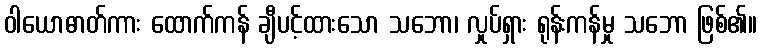
ဝါယောဓာတ်ကား ထောက်ကန် ချီပင့်ထားသော သဘော၊ လှုပ်ရှား ရုန်းကန်မှု သဘော ဖြစ်၏။